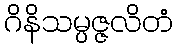
ဂိနိသမ္ပဇ္ဇလိတံ